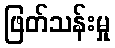
ဖြတ်သန်းမှု